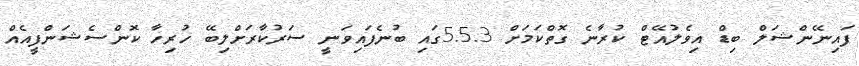
ފައިނޭންޝަލް ބިޑް އިވެލުއޭޓް ކުރާނެ ގޮތްކަމަށް 5.5.3ގައި ބުނެފައިވަނީ ސަރުކާރަށްލިބޭ ހުރިހާ ކޮންސެޝަންފީއެއް